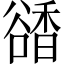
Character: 𧯅